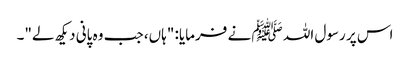
اس پر رسول اللہ ﷺ نے فرمایا: "ہاں، جب وہ پانی دیکھ لے"۔